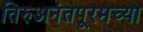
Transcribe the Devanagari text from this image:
तिरुअनंतपूरमच्या